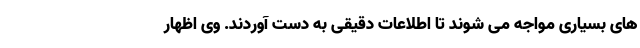
های بسیاری مواجه می شوند تا اطلاعات دقیقی به دست آوردند. وی اظهار